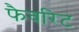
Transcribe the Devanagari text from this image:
फैवरिट